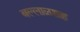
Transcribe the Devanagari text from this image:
बल्लाळशाह